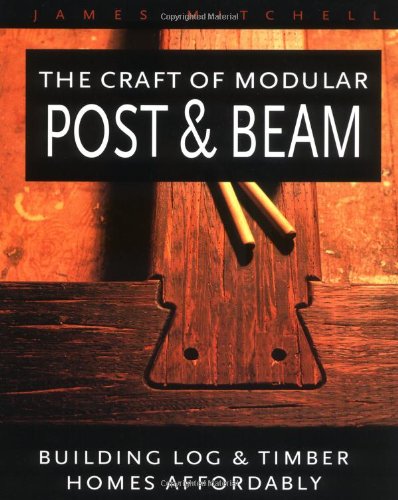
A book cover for The Craft of Modular Post & Beam:  Building log and timber homes  affordably; James Mitchell; Crafts, Hobbies & Home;